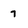
Character: 7